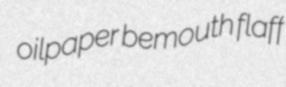
oilpaper bemouth flaff